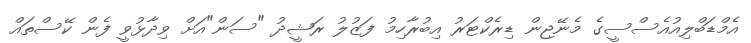
އެމްޑަބްލިއުއެސްސީގެ މެނޭޖިން ޑިރެކްޓަރު އިބުރާހިމު ފަޒުލު ރަޝީދު "ސަން"އަށް ވިދާޅުވީ ފެން ކޭސްތައް